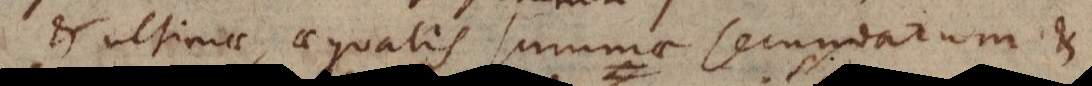
& ultimae, aequalis summae secundarum &